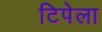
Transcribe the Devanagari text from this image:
टिपेला